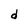
Character: d